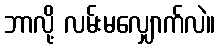
ဘာလို့ လမ်းမလျှောက်လဲ။